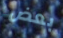
بعض